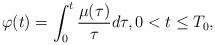
LaTeX: \begin{align*} \varphi(t)= \int_0^t \frac{\mu(\tau)}{\tau} d\tau, 0<t \leq T_0,\end{align*}